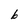
Character: b